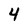
Character: 4